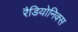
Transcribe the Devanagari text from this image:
रैडियोनिक्स